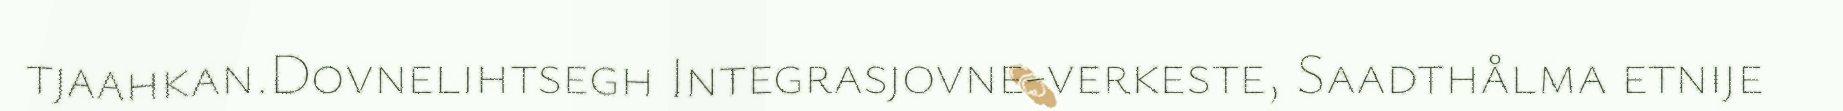
tjaahkan.Dovnelihtsegh Integrasjovne-verkeste, Saadthålma etnije